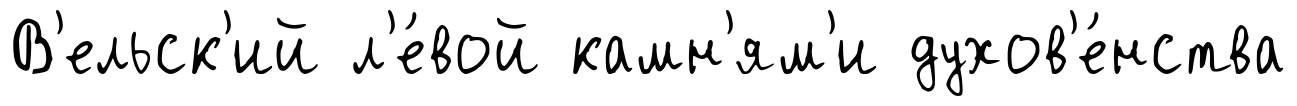
В'ельск'ий л'е́вой камн'ям'и духов'е́нства